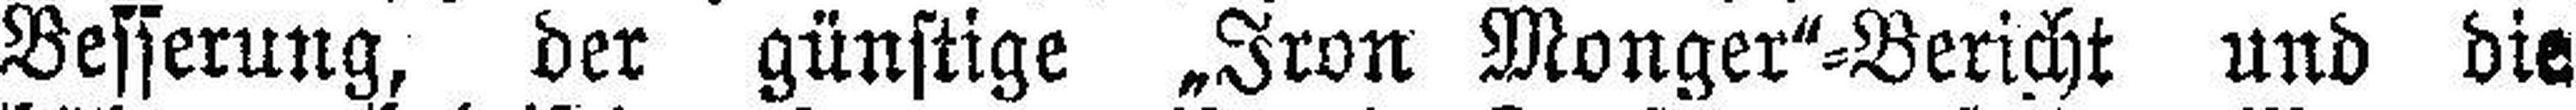
Besserung, der günstige „Iron Monger“=Bericht und die